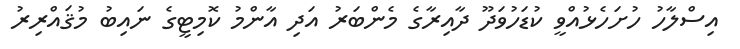
އިސްލާހު ހުށަހެޅުއްވީ ކުޑަހުވަދޫ ދާއިރާގެ މެންބަރު އަދި އާންމު ކޮމިޓީގެ ނައިބު މުޤައްރިރު